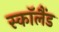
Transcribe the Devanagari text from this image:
स्काॅलैंड